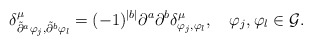
\begin{align*}\delta^\mu_{\tilde\partial^a\varphi_j,\tilde\partial^b\varphi_l}=(-1)^{|b|}\partial^a\partial^b \delta^\mu_{\varphi_j,\varphi_l},\quad\varphi_j,\varphi_l\in {\cal G}.\end{align*}